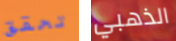
تحقق الذهبي